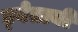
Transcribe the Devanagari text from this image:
ड्वेतायी